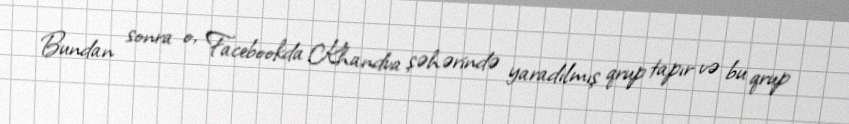
Bundan sonra o, Facebookda Khandva şəhərində yaradılmış qrup tapır və bu qrup